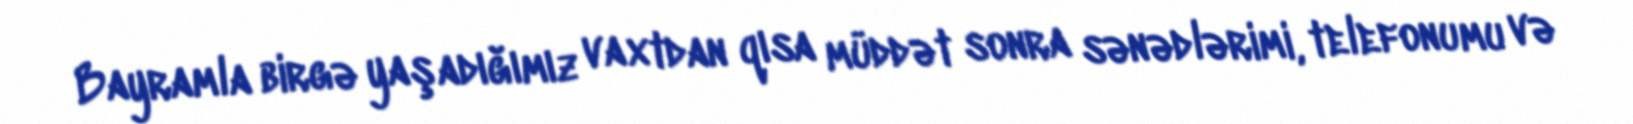
Bayramla birgə yaşadığımız vaxtdan qısa müddət sonra sənədlərimi, telefonumu və